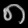
Digit: ၈